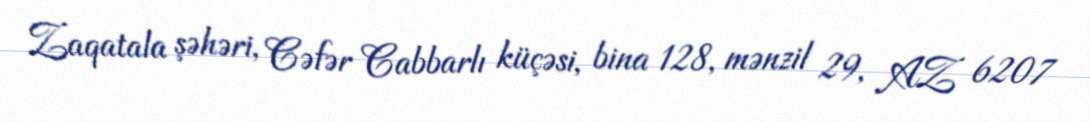
Zaqatala şəhəri, Cəfər Cabbarlı küçəsi, bina 128, mənzil 29, AZ 6207